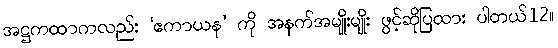
အဋ္ဌကထာကလည်း ‘ဧကာယန’ ကို အနက်အမျိုးမျိုး ဖွင့်ဆိုပြထား ပါတယ်12။